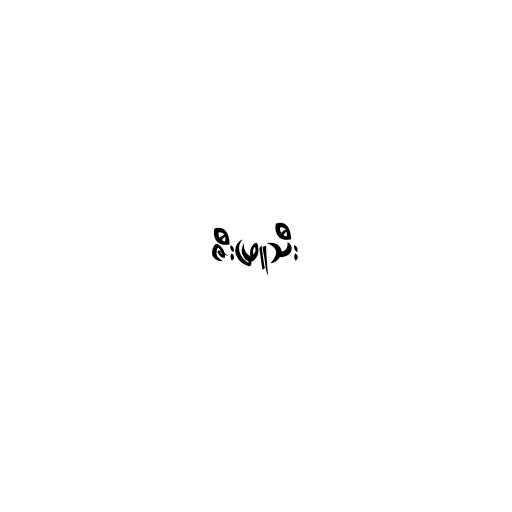
ဇီးဖြူသီး